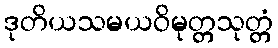
ဒုတိယသမယဝိမုတ္တသုတ္တံ